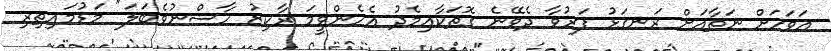
އަވަހަށް ނަތާއަށް ރަނގަޅު ފަރުވާ ދެވޭނެ ގޮތަކާއިމެދު އެހެންވީމަ ރާކިޒު ހާސްނުވެބަލަ" މަޑުމައިތިރި